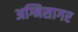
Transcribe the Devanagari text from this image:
अग्निसागर